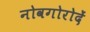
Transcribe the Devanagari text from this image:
नोवगोरोदें